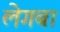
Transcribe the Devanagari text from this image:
लेगबा